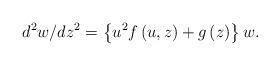
LaTeX: \begin{align*}d^{2}w/dz^{2}=\left\{ {u^{2}f\left( u,z\right) +g\left( z\right) }\right\} w.\end{align*}